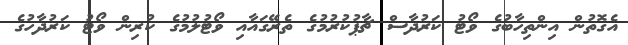
އެގޮތުން އިންތިހާބުގެ ވޯޓު ކަރުދާސް ޗާޕުކުރުމުގެ ތެރޭގައާއި ވޯޓުލުމުގެ ކުރިން ވޯޓު ކަރުދާހުގެ